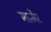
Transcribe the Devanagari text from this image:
मात्मैर